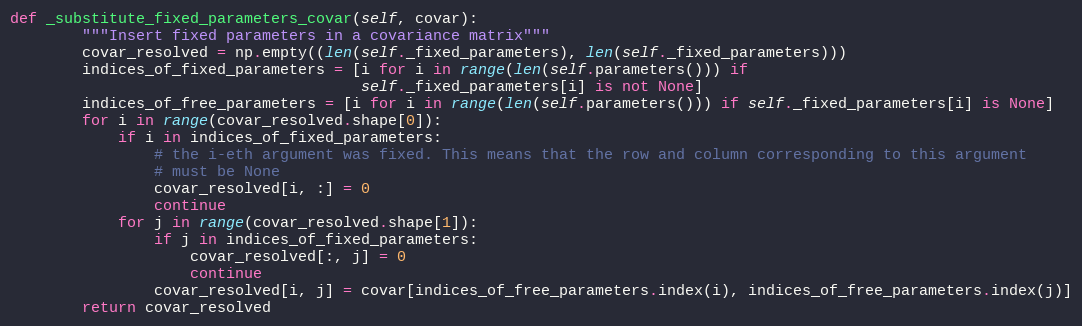
Language: Python
def _substitute_fixed_parameters_covar(self, covar):
        """Insert fixed parameters in a covariance matrix"""
        covar_resolved = np.empty((len(self._fixed_parameters), len(self._fixed_parameters)))
        indices_of_fixed_parameters = [i for i in range(len(self.parameters())) if
                                       self._fixed_parameters[i] is not None]
        indices_of_free_parameters = [i for i in range(len(self.parameters())) if self._fixed_parameters[i] is None]
        for i in range(covar_resolved.shape[0]):
            if i in indices_of_fixed_parameters:
                # the i-eth argument was fixed. This means that the row and column corresponding to this argument
                # must be None
                covar_resolved[i, :] = 0
                continue
            for j in range(covar_resolved.shape[1]):
                if j in indices_of_fixed_parameters:
                    covar_resolved[:, j] = 0
                    continue
                covar_resolved[i, j] = covar[indices_of_free_parameters.index(i), indices_of_free_parameters.index(j)]
        return covar_resolved